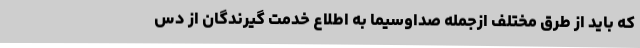
که باید از طرق مختلف ازجمله صداوسیما به اطلاع خدمت گیرندگان از دس